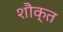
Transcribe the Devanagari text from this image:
शौक्त